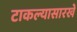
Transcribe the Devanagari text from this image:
टाकल्यासारखे